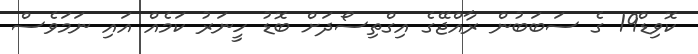
ކޮވިޑް19 ގެ ސަބަބުން ރާއްޖޭގެ އިގްތިސޯދަށް ބޮޑު ހީނަރު ކަމެއް އައި ނަމަވެސް